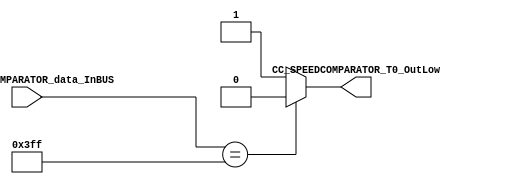
/*######################################################################
//#	G0B1T: HDL EXAMPLES. 2018.
//######################################################################
//# Copyright (C) 2018. F.E.Segura-Quijano (FES) fsegura@uniandes.edu.co
//# 
//# This program is free software: you can redistribute it and/or modify
//# it under the terms of the GNU General Public License as published by
//# the Free Software Foundation, version 3 of the License.
//#
//# This program is distributed in the hope that it will be useful,
//# but WITHOUT ANY WARRANTY; without even the implied warranty of
//# MERCHANTABILITY or FITNESS FOR A PARTICULAR PURPOSE.  See the
//# GNU General Public License for more details.
//#
//# You should have received a copy of the GNU General Public License
//# along with this program.  If not, see <http://www.gnu.org/licenses/>
//####################################################################*/
//=======================================================
//  MODULE Definition
//=======================================================
module CC_SPEEDCOMPARATOR #(parameter SPEEDCOMPARATOR_DATAWIDTH=23)(
//////////// OUTPUTS //////////
	CC_SPEEDCOMPARATOR_T0_OutLow,
//////////// INPUTS //////////
	CC_SPEEDCOMPARATOR_data_InBUS
);
//=======================================================
//  PARAMETER declarations
//=======================================================

//=======================================================
//  PORT declarations
//=======================================================
output	reg CC_SPEEDCOMPARATOR_T0_OutLow;
input 	[SPEEDCOMPARATOR_DATAWIDTH-1:0] CC_SPEEDCOMPARATOR_data_InBUS;
//=======================================================
//  REG/WIRE declarations
//=======================================================
//=======================================================
//  Structural coding
//=======================================================
always @(CC_SPEEDCOMPARATOR_data_InBUS)
begin
	if( CC_SPEEDCOMPARATOR_data_InBUS == 23'b00000000000001111111111)
		CC_SPEEDCOMPARATOR_T0_OutLow = 1'b0;
	else 
		CC_SPEEDCOMPARATOR_T0_OutLow = 1'b1;
end

endmodule